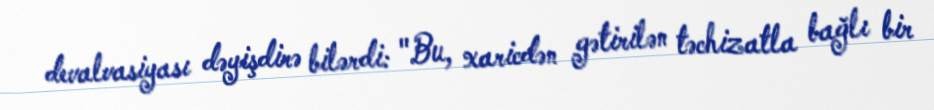
devalvasiyası dəyişdirə bilərdi: "Bu, xaricdən gətirilən təchizatla bağlı bir